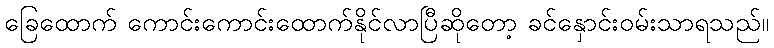
ခြေထောက် ကောင်းကောင်းထောက်နိုင်လာပြီဆိုတော့ ခင်နှောင်းဝမ်းသာရသည်။